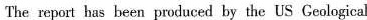
The report has been produced by the US Geological